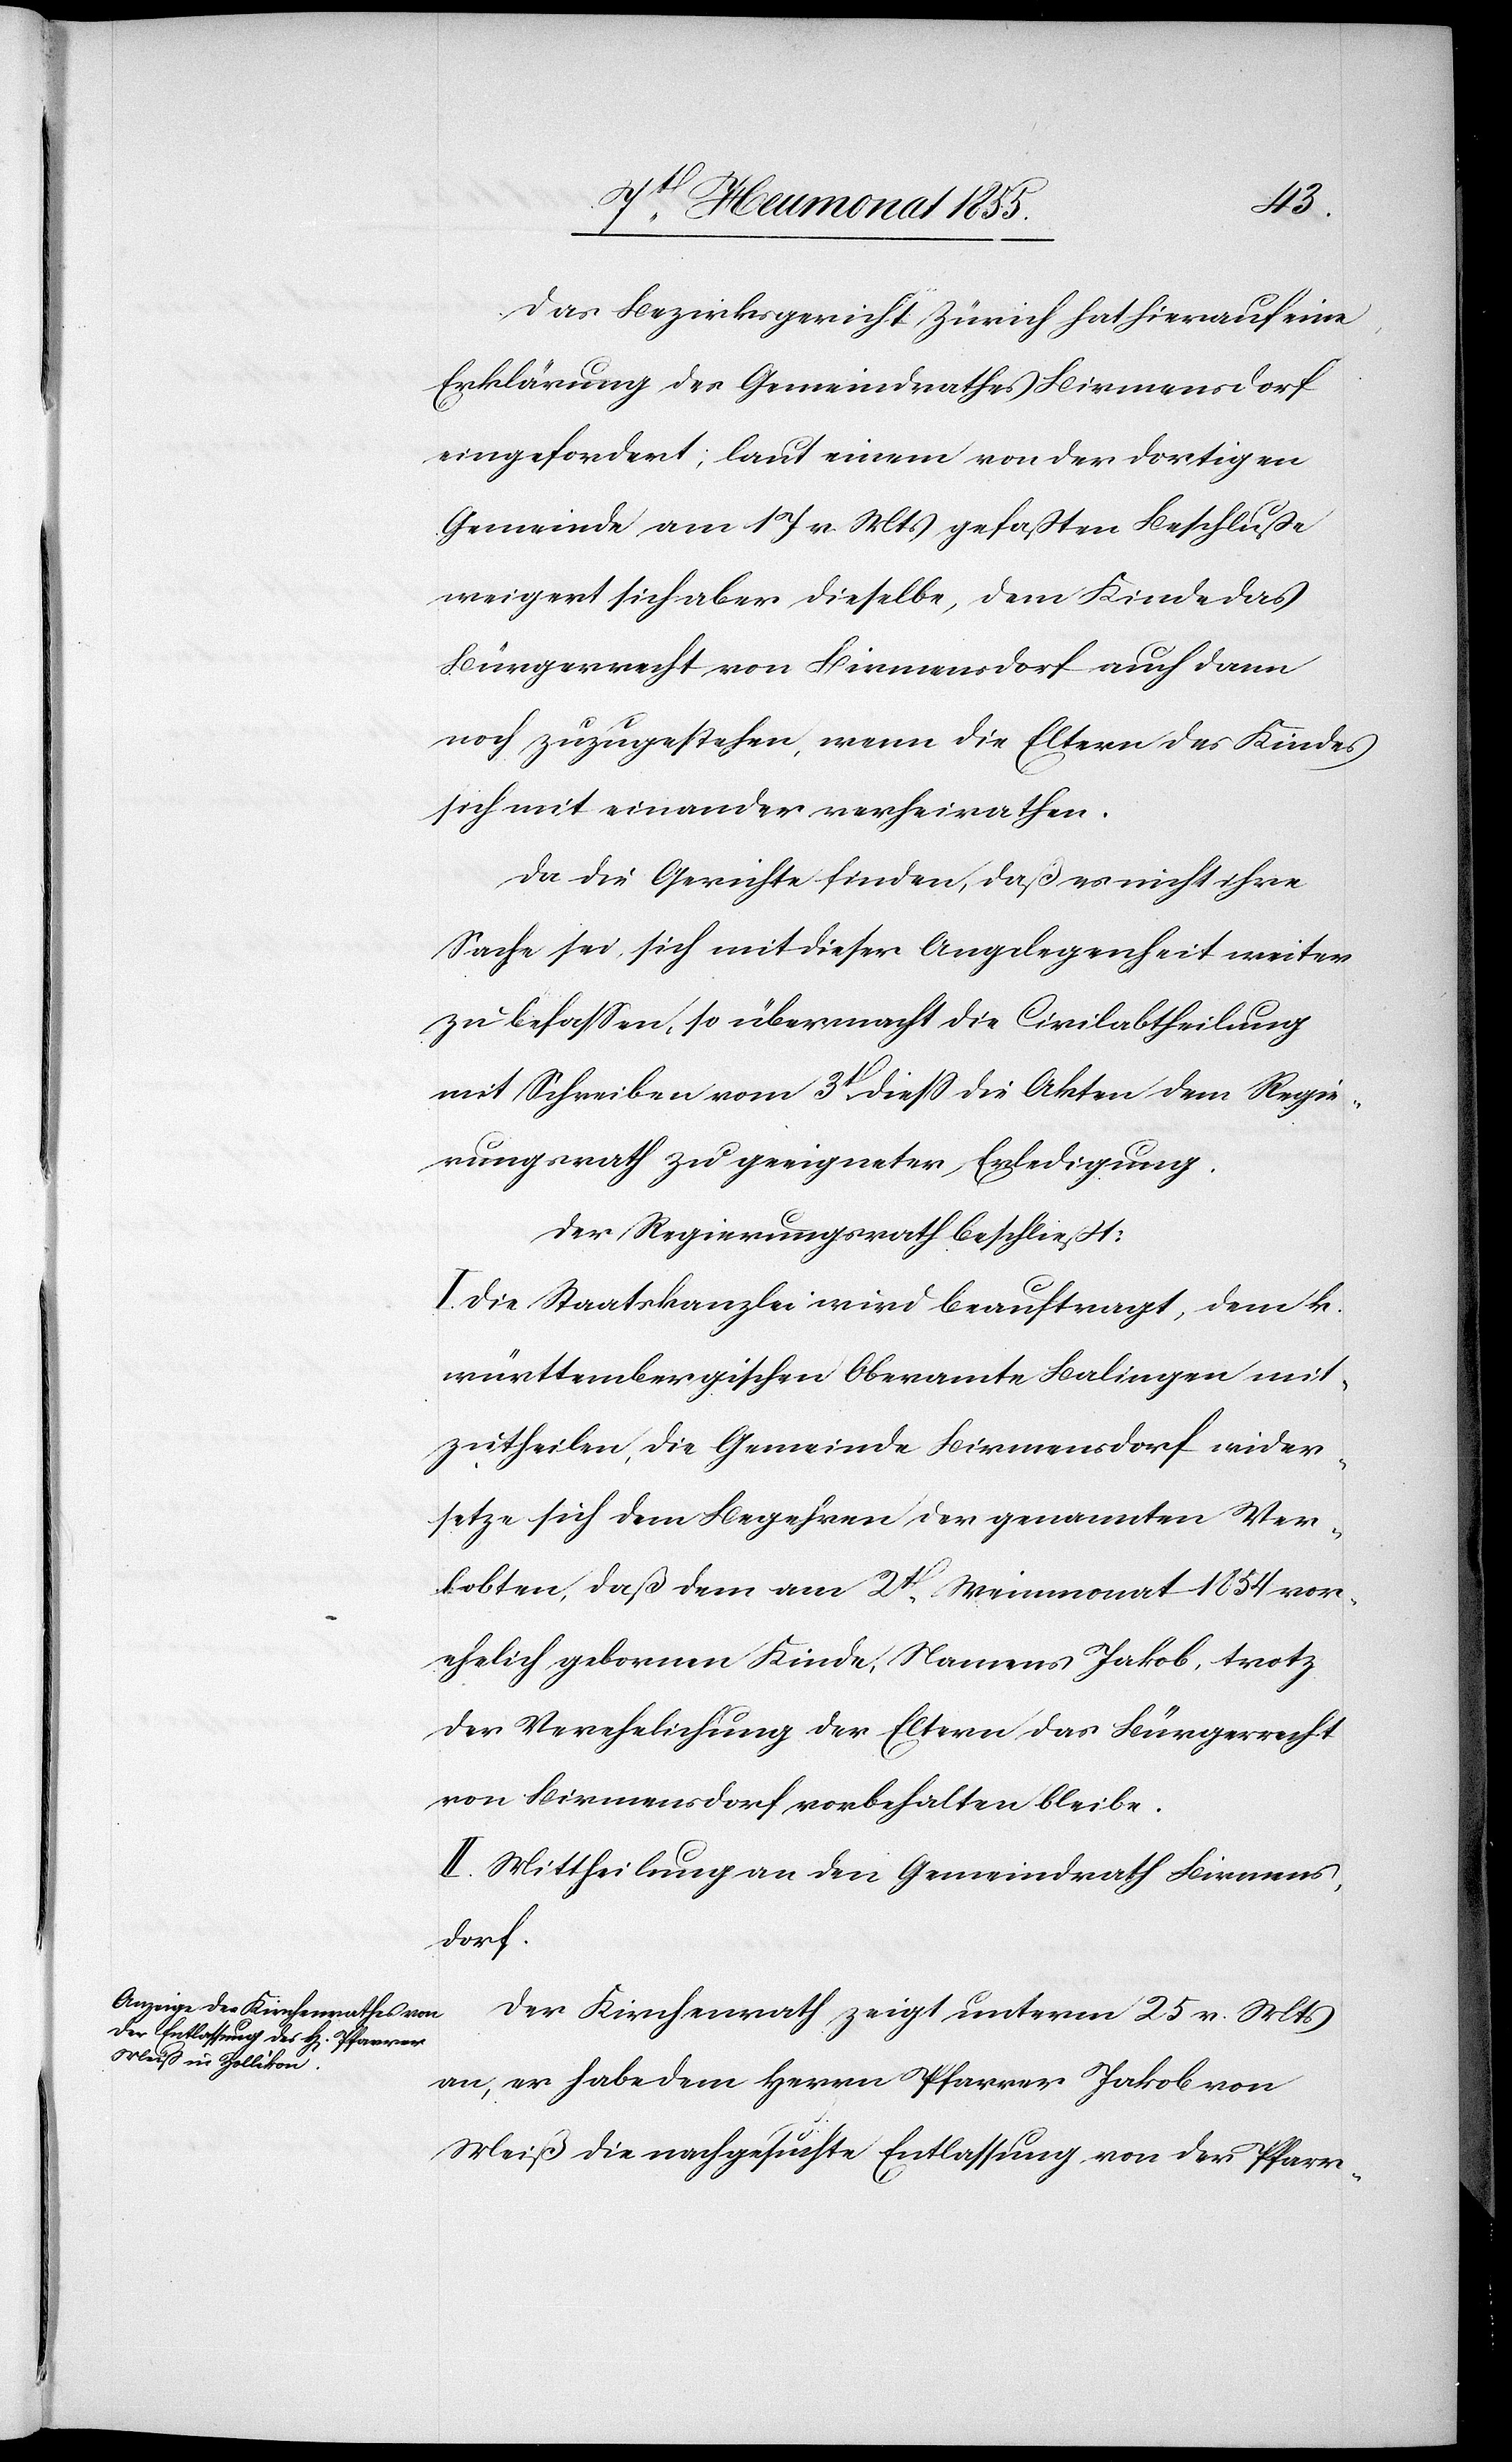
Das Bezirksgericht Zürich hat hierauf eine
Erklärung des Gemeindrathes Birmensdorf
eingefordert; laut einem von der dortigen
Gemeinde am 17 v. Mts gefaßten Beschluße
weigert sich aber dieselbe, dem Kinde das
Bürgerrecht von Birmensdorf auch dann
noch zuzugestehen, wenn die Eltern des Kindes
sich mit einander verheirathen.
Da die Gerichte finden, daß es nicht ihre
Sache sei, sich mit dieser Angelegenheit weiter
zu befassen, so übermacht die Civilabtheilung
mit Schreiben vom 3t[en] diess die Akten dem Regie¬
rungsrath zu geeigneter Erledigung.
Der Regierungsrath beschließt:
I. Die Staatskanzlei wird beauftragt, dem k.
württembergischen Oberamte Balingen mit¬
zutheilen, die Gemeinde Birmensdorf wider¬
setze sich dem Begehren der genannten Ver¬
lobten, daß dem am 2t[en]. Weinmonat 1854 vor¬
ehelich gebornen Kinde, Namens Jakob, trotz
der Verehelichung der Eltern das Bürgerrecht
von Birmensdorf vorbehalten bleibe.
II. Mittheilung an den Gemeindrath Birmens¬
dorf.
Der Kirchenrath zeigt unterm 25 v. Mts
an, er habe dem Herrn Pfarrer Jakob von
Meiß die nachgesuchte Entlassung von der Pfarr-